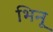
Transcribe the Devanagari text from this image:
भिनू